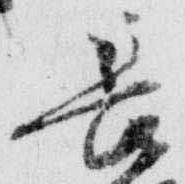
長